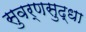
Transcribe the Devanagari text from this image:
सुवर्णसुद्धा